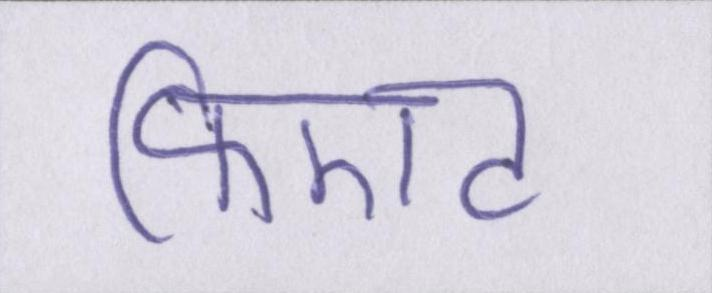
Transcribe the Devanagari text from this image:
फिएट